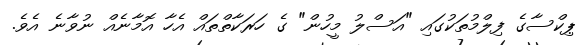
ޕިކްސާގެ ފިލްމުތަކުގައި "އަސްލު މީހުން" ގެ ހަރަކާތްތައް އެހާ އޮމާނެއް ނުވާނެ އެވެ.